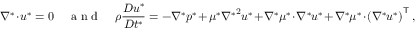
\nabla ^ { * } \cdot \boldsymbol u ^ { * } = 0 ~ ~ ~ ~ \mathrm { ~ a ~ n ~ d ~ } ~ ~ ~ ~ \rho \frac { D \boldsymbol { u } ^ { * } } { D t ^ { * } } = - \nabla ^ { * } p ^ { * } + \mu ^ { * } { \nabla ^ { * } } ^ { 2 } \boldsymbol u ^ { * } + \nabla ^ { * } \mu ^ { * } \cdot \nabla ^ { * } \boldsymbol u ^ { * } + \nabla ^ { * } \mu ^ { * } \cdot \left( \nabla ^ { * } \boldsymbol u ^ { * } \right) ^ { \mathsf { T } } ,